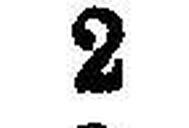
2